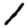
Digit: 1